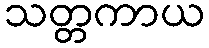
သတ္တကာယ